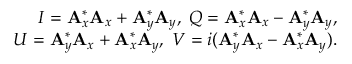
\centering \begin{array} { r } { I = \mathbf { A } _ { x } ^ { * } \mathbf { A } _ { x } + \mathbf { A } _ { y } ^ { * } \mathbf { A } _ { y } , \; Q = \mathbf { A } _ { x } ^ { * } \mathbf { A } _ { x } - \mathbf { A } _ { y } ^ { * } \mathbf { A } _ { y } , } \\ { U = \mathbf { A } _ { y } ^ { * } \mathbf { A } _ { x } + \mathbf { A } _ { x } ^ { * } \mathbf { A } _ { y } , \; V = i ( \mathbf { A } _ { y } ^ { * } \mathbf { A } _ { x } - \mathbf { A } _ { x } ^ { * } \mathbf { A } _ { y } ) . } \end{array}